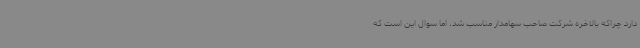
دارد چراکه بالاخره شرکت صاحب سهامدار مناسب شد، اما سوال این است که